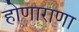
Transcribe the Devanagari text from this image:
होणाराणा